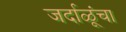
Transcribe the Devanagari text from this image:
जर्दाळूंचा